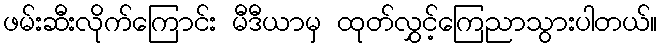
ဖမ်းဆီးလိုက်ကြောင်း မီဒီယာမှ ထုတ်လွှင့်ကြေညာသွားပါတယ်။